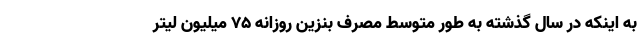
به اینکه در سال گذشته به طور متوسط مصرف بنزین روزانه 75 میلیون لیتر